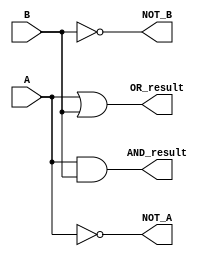
// Code your design here
module logical_operators(
    input A,
    input B,
    output AND_result,
    output OR_result,
    output NOT_A,
    output NOT_B
);

    assign AND_result = A & B;
    assign OR_result = A | B;
    assign NOT_A = ~A;
    assign NOT_B = ~B;

endmodule